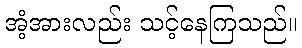
အံ့အားလည်း သင့်နေကြသည်။